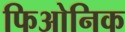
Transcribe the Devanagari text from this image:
फिओनिक